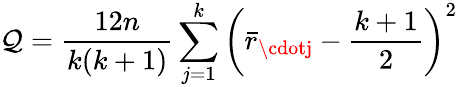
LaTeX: \mathcal{Q}={\frac{{12n}}{{k(k+1)}}}\sum_{j=1}^{k}\left({\bar{{r}}}_{\cdotj}-{\frac{{k+1}}{{2}}}\right)^{2}